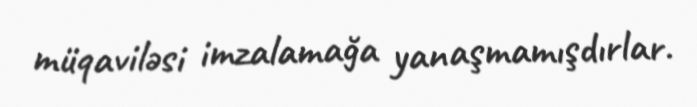
müqaviləsi imzalamağa yanaşmamışdırlar.